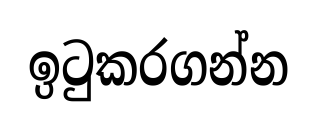
ඉටුකරගන්න